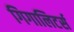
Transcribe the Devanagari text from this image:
गिगालिटर्स